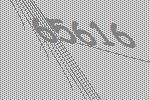
65616